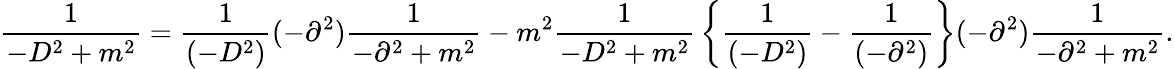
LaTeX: {\frac{1}{-D^{2}+m^{2}}}={\frac{1}{(-D^{2})}}(-\partial^{2}){\frac{1}{-\partial^{2}+m^{2}}}-m^{2}{\frac{1}{-D^{2}+m^{2}}}\left\{ {\frac{1}{(-D^{2})}}-{\frac{1}{(-\partial^{2})}}\right\} (-\partial^{2}){\frac{1}{-\partial^{2}+m^{2}}}.